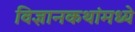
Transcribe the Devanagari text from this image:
विज्ञानकथांमध्ये